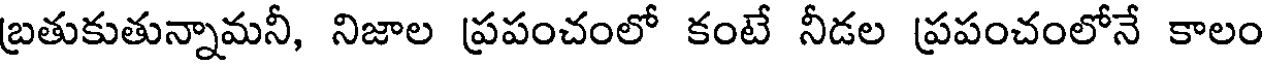
బ్రతుకుతున్నామనీ, నిజాల ప్రపంచంలో కంటే నీడల ప్రపంచంలోనే కాలం